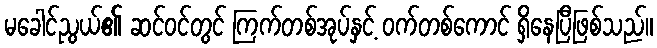
မခေါင်ညွယ်၏ ဆင်ဝင်တွင် ကြက်တစ်အုပ်နှင့် ဝက်တစ်ကောင် ရှိနေပြီဖြစ်သည်။